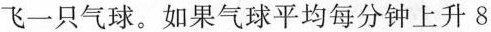
飞一只气球。如果气球平均每分钟上升8